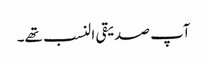
آپ صدیقی النسب تھے۔